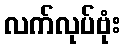
လက်လုပ်ဗုံး